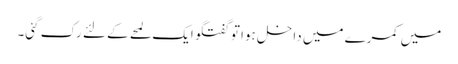
میں کمرے میں داخل ہوا تو گفتگو ایک لمحے کے لئے رک گئی۔